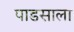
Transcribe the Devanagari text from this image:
पाडसाला